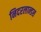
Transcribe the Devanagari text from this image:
निदरलान्डस